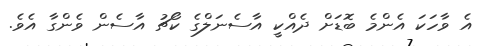
އެ ވާހަކަ އެންމެ ބޮޑަށް ދެއްކީ އާސެނަލްގެ ކޯޗު އާސެން ވެންގާ އެވެ.